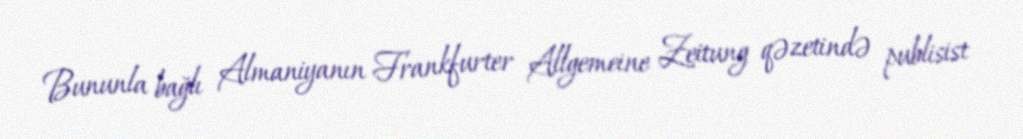
Bununla bağlı Almaniyanın Frankfurter Allgemeine Zeitung qəzetində publisist